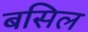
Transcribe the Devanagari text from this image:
बसिल